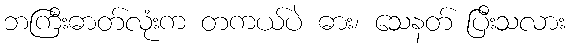
ဘကြီးဓာတ်လုံးက တကယ်ပဲ ဓား၊ သေနတ် ပြီးသလား